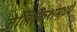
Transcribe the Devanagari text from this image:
जेलिफिशमध्ये